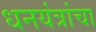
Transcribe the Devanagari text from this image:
धनयंत्रांचा